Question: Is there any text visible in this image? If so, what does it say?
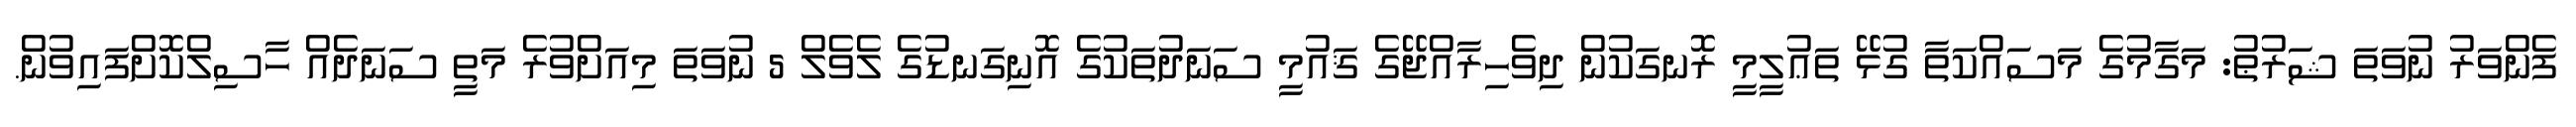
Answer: ފެންވަރު ނުވަތަ ޝަރުޠު: މަގާމުގެ މަސައްކަތާ ގުޅޭ ތަޢުލީމީ ރޮނގަކުން ދިވެހިރާއްޖޭގެ ޤައުމީ ސަނަދުތަކުގެ އޮނިގަނޑުގެ ލެވެލް 5 ނުވަތަ މިއަށްވުރެ މަތީ ސަނަދެއް ހާސިލްކޮށްފައިވުން.